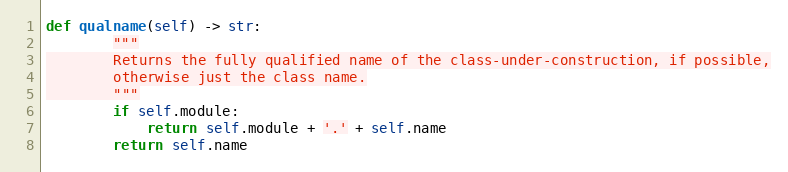
Language: Python
def qualname(self) -> str:
        """
        Returns the fully qualified name of the class-under-construction, if possible,
        otherwise just the class name.
        """
        if self.module:
            return self.module + '.' + self.name
        return self.name